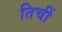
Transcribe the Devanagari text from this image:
तिचीं